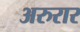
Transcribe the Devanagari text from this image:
अरुरार